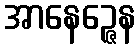
အာနေဉ္ဇေန